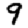
Digit: 9